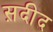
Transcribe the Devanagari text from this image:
स़दीद